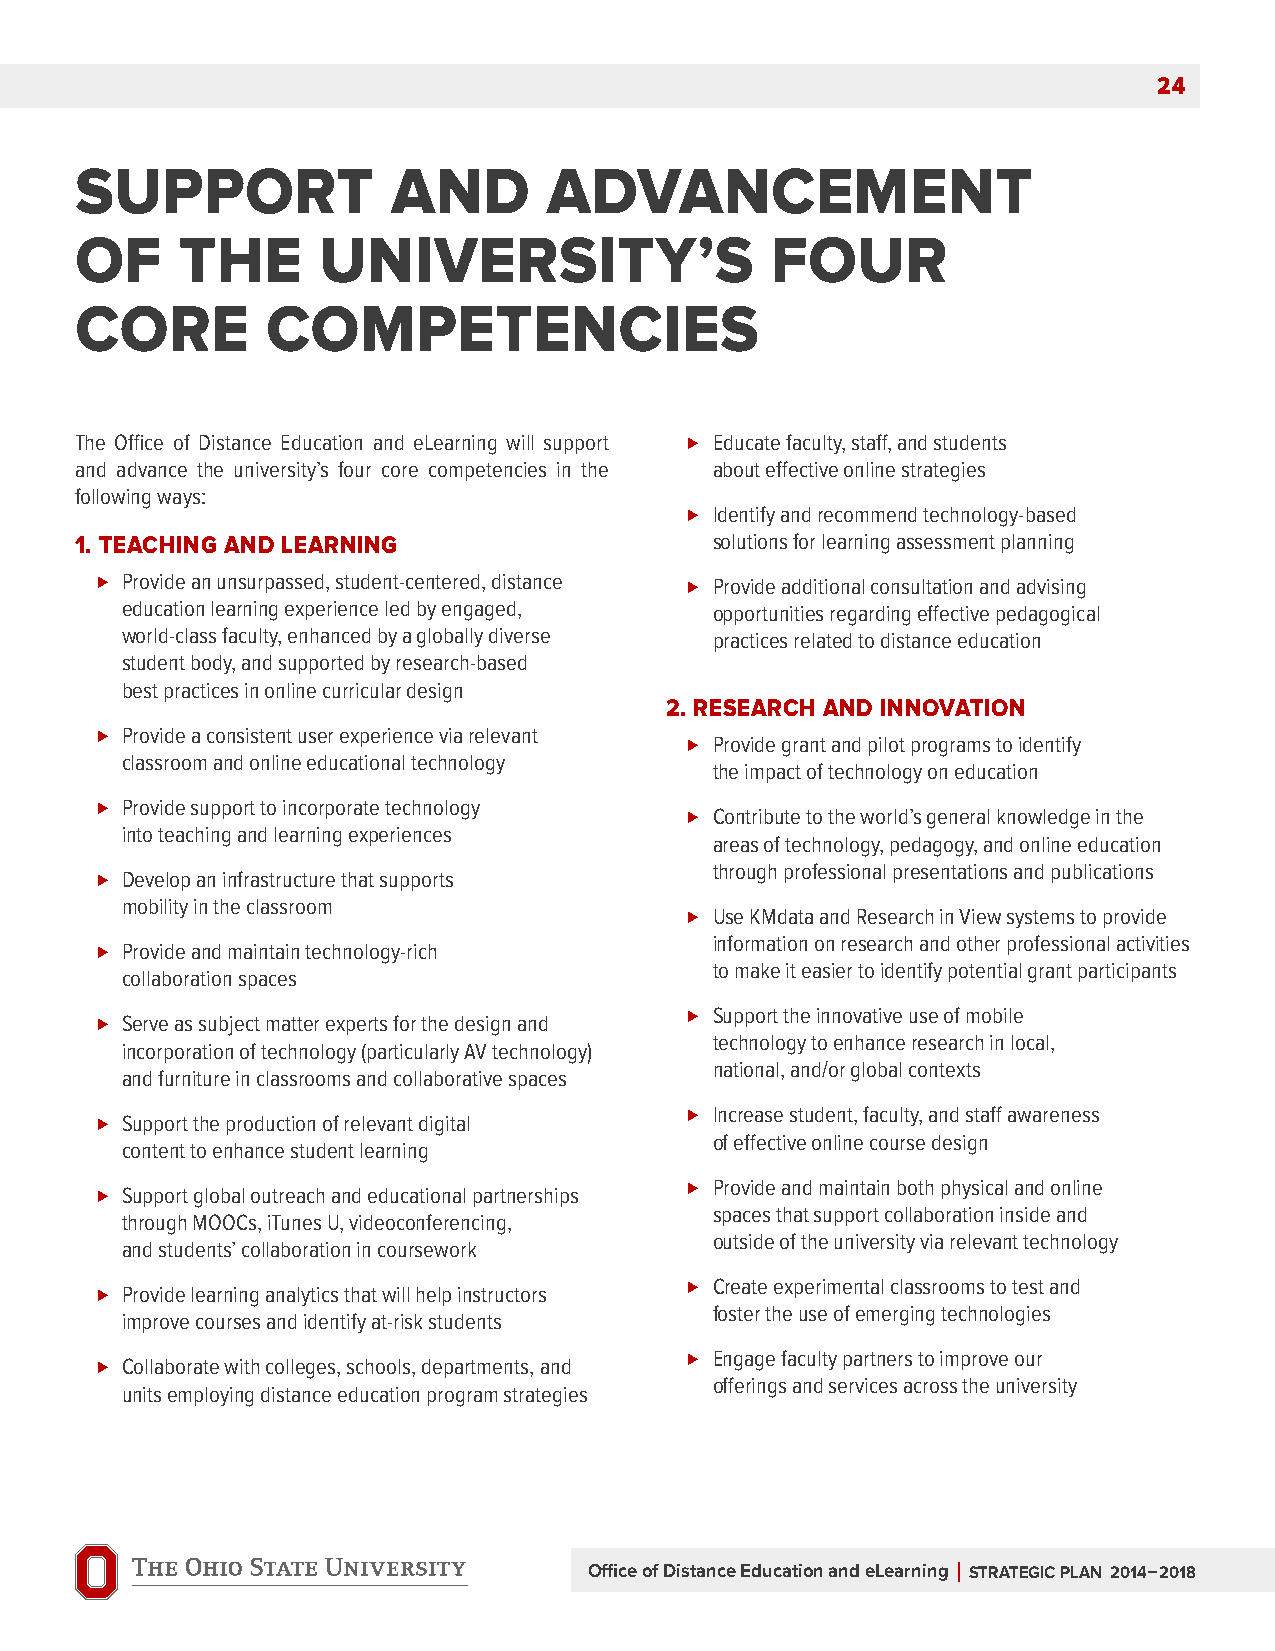
24
 SUPPOrt              anD       aDvancEMEnt
 Of     thE      UnivErSity’S                  fOUr
 cOrE        cOMPEtEnciES
 The Office of Distance Education and eLearning will support Educate faculty, staff, and students
 and advance the university’s four core competencies in the about effective online strategies
 following ways:
 Identify and recommend technology-based
 1. tEaching anD LEarning                  solutions for learning assessment planning
 Provide an unsurpassed, student-centered, distance Provide additional consultation and advising
 education learning experience led by engaged, opportunities regarding effective pedagogical
 world-class faculty, enhanced by a globally diverse practices related to distance education
 student body, and supported by research-based
 best practices in online curricular design
 2. rESEarch anD innOvatiOn
 Provide a consistent user experience via relevant
 Provide grant and pilot programs to identify
 classroom and online educational technology
 the impact of technology on education
 Provide support to incorporate technology
 Contribute to the world’s general knowledge in the
 into teaching and learning experiences
 areas of technology, pedagogy, and online education
 through professional presentations and publications
 Develop an infrastructure that supports
 mobility in the classroom
 Use KMdata and Research in View systems to provide
 information on research and other professional activities
 Provide and maintain technology-rich
 to make it easier to identify potential grant participants
 collaboration spaces
 Support the innovative use of mobile
 Serve as subject matter experts for the design and
 technology to enhance research in local,
 incorporation of technology (particularly AV technology)
 national, and/or global contexts
 and furniture in classrooms and collaborative spaces
 Increase student, faculty, and staff awareness
 Support the production of relevant digital
 of effective online course design
 content to enhance student learning
 Provide and maintain both physical and online
 Support global outreach and educational partnerships
 spaces that support collaboration inside and
 through MOOCs, iTunes U, videoconferencing,
 outside of the university via relevant technology
 and students’ collaboration in coursework
 Create experimental classrooms to test and
 Provide learning analytics that will help instructors
 foster the use of emerging technologies
 improve courses and identify at-risk students
 Engage faculty partners to improve our
 Collaborate with colleges, schools, departments, and
 offerings and services across the university
 units employing distance education program strategies
 Office of Distance Education and eLearning | StratEgic PLan 2014–2018